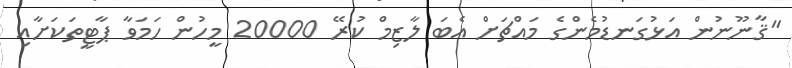
"ޤާނޫނުން އަޅުގަނޑުމެންގެ މައްޗަށް އެބަ ލާޒިމް ކުރޭ 20000 މީހުން ހަމަވާ ޕާޓީތަކަށާއި